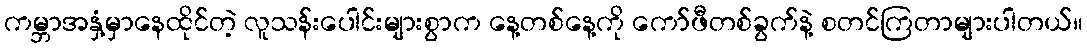
ကမ္ဘာအနှံ့မှာနေထိုင်တဲ့ လူသန်းပေါင်းများစွာက နေ့တစ်နေ့ကို ကော်ဖီတစ်ခွက်နဲ့ စတင်ကြတာများပါတယ်။